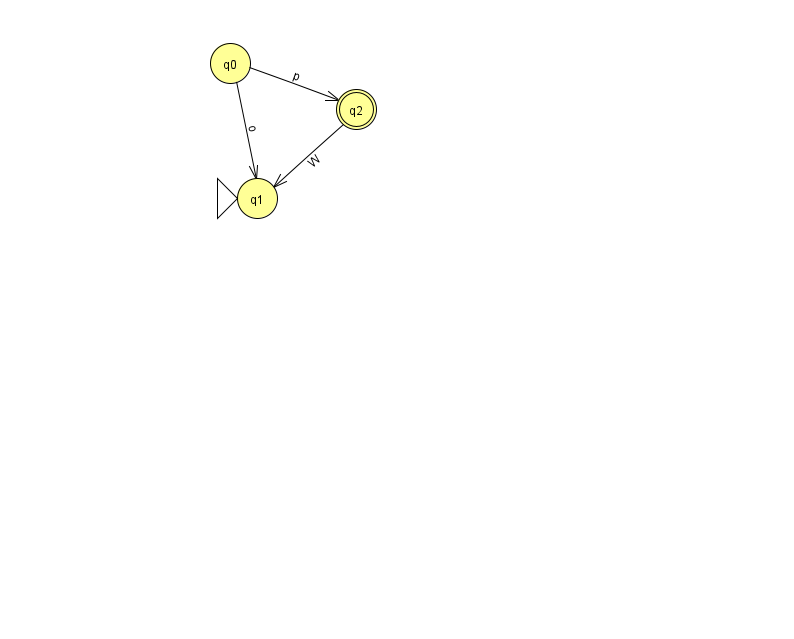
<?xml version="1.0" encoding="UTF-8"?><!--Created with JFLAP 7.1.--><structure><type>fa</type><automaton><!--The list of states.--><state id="0" name="q0"><x>230.0</x><y>50.0</y></state><state id="1" name="q1"><x>257.0</x><y>185.0</y><initial/></state><state id="2" name="q2"><x>356.0</x><y>96.0</y><final/></state><!--The list of transitions.--><transition><from>0</from><to>1</to><read>o</read></transition><transition><from>0</from><to>2</to><read>p</read></transition><transition><from>2</from><to>1</to><read>W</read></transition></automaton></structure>